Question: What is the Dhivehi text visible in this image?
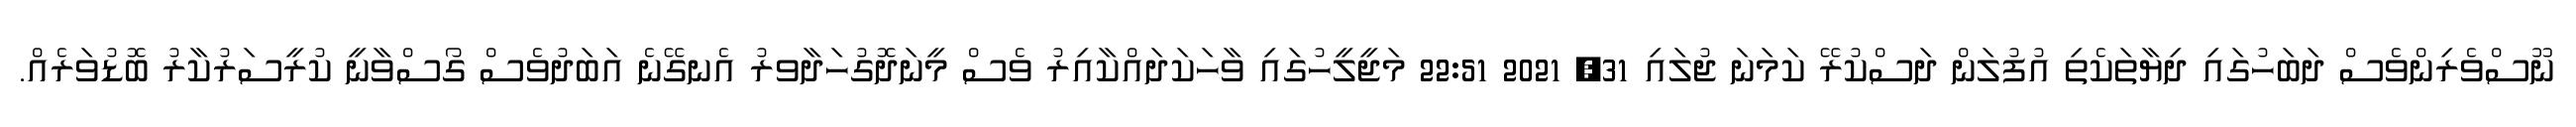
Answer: ނޫސްވެރިންވެސް ދަބަހުގައި ދިޔާތަކެތި އުފުލަން ދަސްކުރޭ ކަމަނަ ޖުލައި 31, 2021 22:51 މަޖީލީހުގައި ވާހަކަދައްކާއިރު ވެސް މީނަދޮގުހަދާވރު އެނގޭނެ އަބަދުވެސް ގޯސްވާނީ ކުރީސަރުކާރު ބޮޑުވަރެއް.